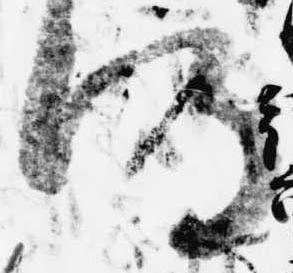
得